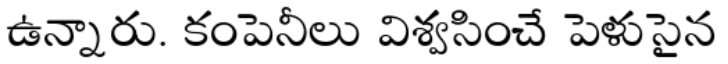
ఉన్నారు. కంపెనీలు విశ్వసించే పెళుసైన